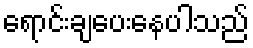
ရောင်းချပေးနေပါသည်